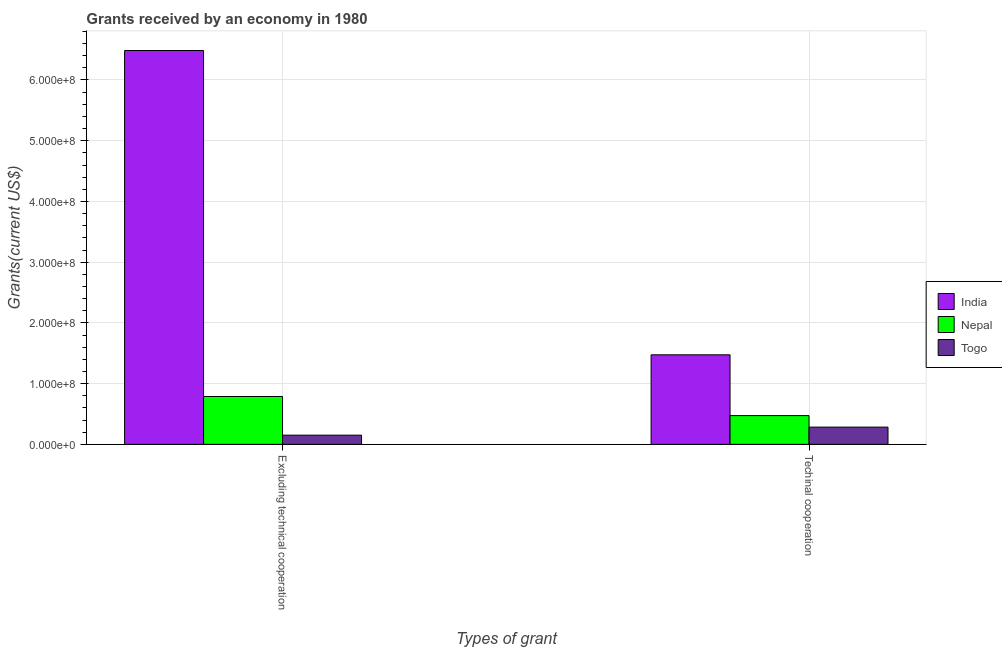
| Types of grant | India | Nepal | Togo |
 | --- | --- | --- | --- |
 | Excluding technical cooperation | 6.49e+08 | 7.88e+07 | 1.51e+07 |
 | Techinal cooperation | 1.47e+08 | 4.74e+07 | 2.84e+07 |